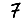
Digit: 7